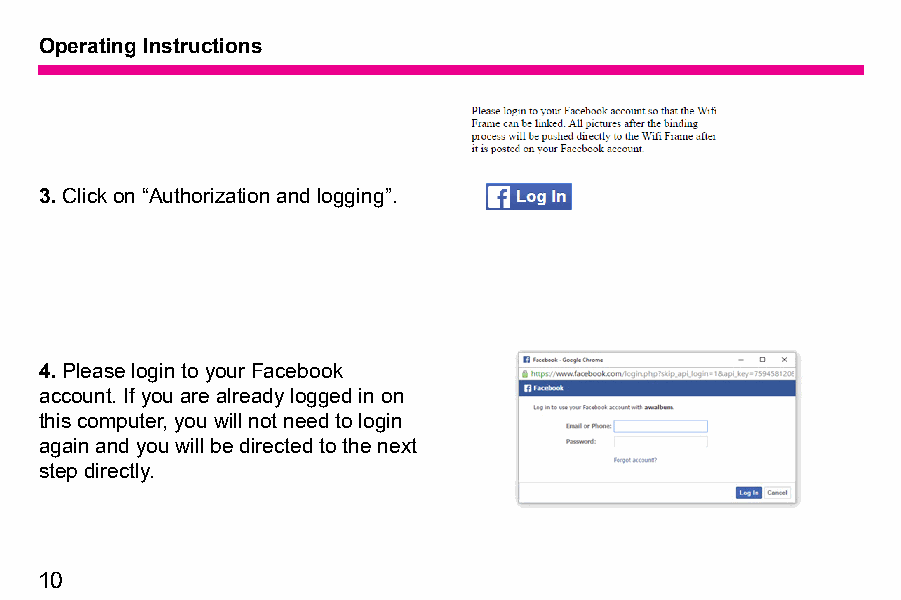
Operating Instructions
 3. Click on “Authorization and logging”.
 4. Please login to your Facebook
 account. If you are already logged in on
 this computer, you will not need to login
 again and you will be directed to the next
 step directly.
 10